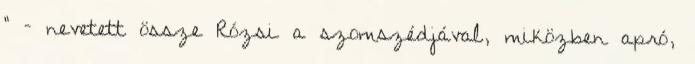
” – nevetett össze Rózsi a szomszédjával, miközben apró,